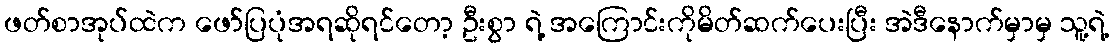
ဖတ်စာအုပ်ထဲက ဖော်ပြပုံအရဆိုရင်တော့ ဦးစွာ ရဲ့ အကြောင်းကိုမိတ်ဆက်ပေးပြီး အဲဒီနောက်မှာမှ သူ့ရဲ့